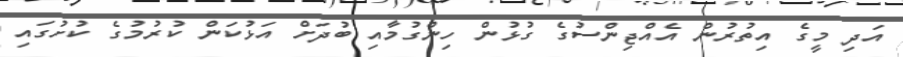
އަދި މީގެ އިތުރުން އެއްޖިންސުގެ ގުޅުން ހިންގުމާއި ބުދަށް އަޅުކަން ކުރުމުގެ ކުށުގައި